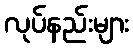
လုပ်နည်းများ